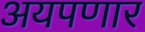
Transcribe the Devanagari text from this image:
अयपणार